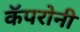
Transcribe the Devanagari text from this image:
कॅपरोनी